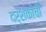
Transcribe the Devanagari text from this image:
दर्शकांची